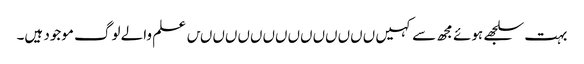
بہت سلجھے ہوئے مجھ سے کہیں ںںںںںںںںںںںںںںں علم والے لوگ موجود ہیں۔